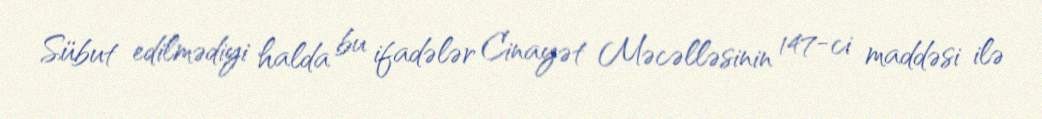
Sübut edilmədiyi halda bu ifadələr Cinayət Məcəlləsinin 147-ci maddəsi ilə